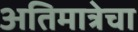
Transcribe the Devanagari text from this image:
अतिमात्रेचा